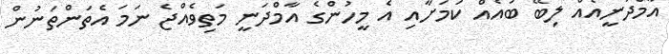
އާމްދަނީއެއް ލިބޭ ބައެއް ކަމަށާއި އެ މީހުންގެ އާމްދަނީ މަތިވެއްޖެ ނަމަ އެތަންތަނުން